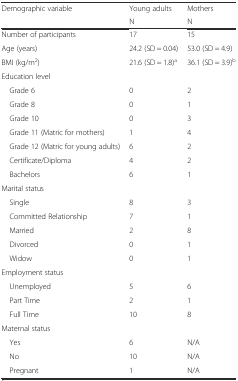
| <ROWSPAN=2> Demographic variable | Young adults | Mothers |
 | N | N |
 | --- | --- | --- |
 | Number of participants | 17 | 15 |
 | Age (years) | 24.2 (SD = 0.04) | 53.0 (SD = 4.9) |
 | BMI (kg/m2) | 21.6 (SD = 1.8)a | 36.1 (SD = 3.9)b |
 | <COLSPAN=3> Education level |
 | Grade 6 | 0 | 2 |
 | Grade 8 | 0 | 1 |
 | Grade 10 | 0 | 3 |
 | Grade 11 (Matric for mothers) | 1 | 4 |
 | Grade 12 (Matric for young adults) | 6 | 2 |
 | Certificate/Diploma | 4 | 2 |
 | Bachelors | 6 | 1 |
 | <COLSPAN=3> Marital status |
 | Single | 8 | 3 |
 | Committed Relationship | 7 | 1 |
 | Married | 2 | 8 |
 | Divorced | 0 | 1 |
 | Widow | 0 | 1 |
 | <COLSPAN=3> Employment status |
 | Unemployed | 5 | 6 |
 | Part Time | 2 | 1 |
 | Full Time | 10 | 8 |
 | <COLSPAN=3> Maternal status |
 | Yes | 6 | N/A |
 | No | 10 | N/A |
 | Pregnant | 1 | N/A |